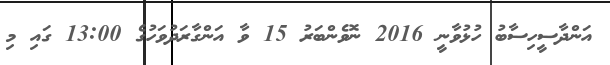
އަންދާސީހިސާބު ހުޅުވާނީ 2016 ނޮވެންބަރު 15 ވާ އަންގާރަދުވަހުގެ 13:00 ގައި މި